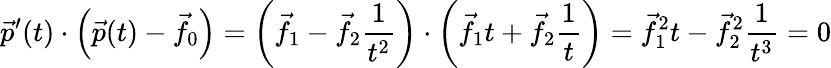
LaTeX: {\vec{p}}^{\prime}(t)\cdot\left({\vec{p}}(t)-{\vec{f}}_{0}\right)=\left({\vec{f}}_{1}-{\vec{f}}_{2}{\frac{1}{t^{2}}}\right)\cdot\left({\vec{f}}_{1}t+{\vec{f}}_{2}{\frac{1}{t}}\right)={\vec{f}}_{1}^{2}t-{\vec{f}}_{2}^{2}{\frac{1}{t^{3}}}=0